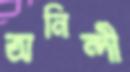
অনিন্দী